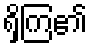
ရှိကြ၏